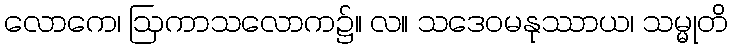
လောကေ၊ ဩကာသလောက၌။ လ။ သဒေဝမနုဿာယ၊ သမ္မုတိ